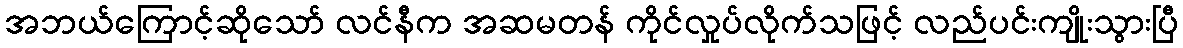
အဘယ်ကြောင့်ဆိုသော် လင်နီက အဆမတန် ကိုင်လှုပ်လိုက်သဖြင့် လည်ပင်းကျိုးသွားပြီ